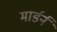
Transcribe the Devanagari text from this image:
मार्डर्न